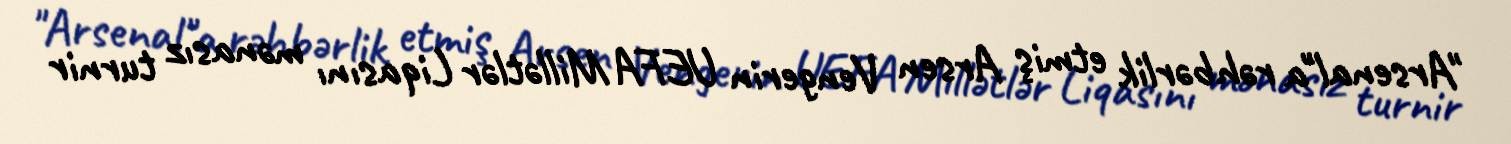
"Arsenal"a rəhbərlik etmiş Arsen Vengerin UEFA Millətlər Liqasını mənasız turnir